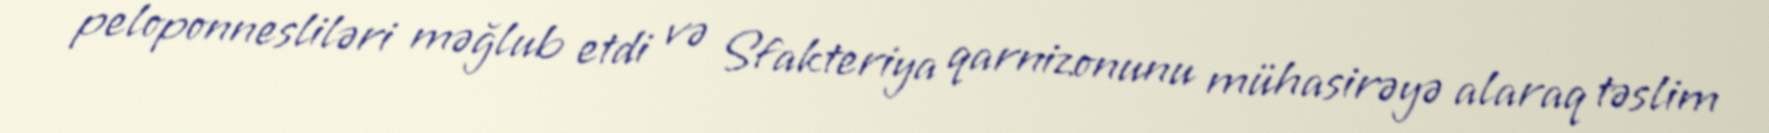
peloponnesliləri məğlub etdi və Sfakteriya qarnizonunu mühasirəyə alaraq təslim